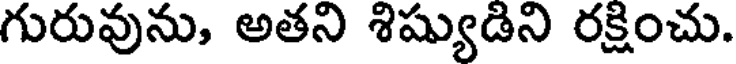
గురువును, అతని శిష్యుడిని రక్షించు.